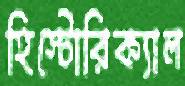
হিস্টোরিক্যাল